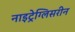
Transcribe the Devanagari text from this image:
नाइट्रेग्लिसरीन